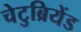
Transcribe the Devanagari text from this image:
चेटुब्रियेंड